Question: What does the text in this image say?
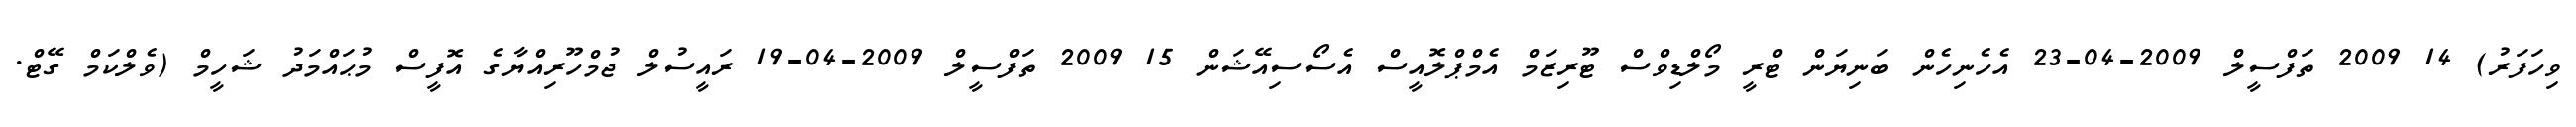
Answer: ވިހަފަރު) 14 2009 ތަފްސީލް 2009-04-23 އެހެނިހެން ބަނިޔަން ޓްރީ މޯލްޑިވްސް ޓޫރިޒަމް އެމްޕްލޮއީސް އެސޯސިއޭޝަން 15 2009 ތަފްސީލް 2009-04-19 ރައީސުލް ޖުމްހޫރިއްޔާގެ އޮފީސް މުޙައްމަދު ޝަހީމް (ވެލްކަމް ގޭޓް.